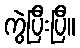
ကွဲပြီးပြီ။